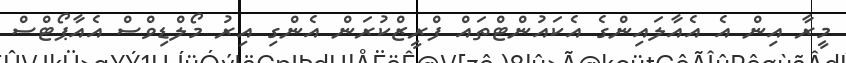
މީރާ އިން އެ އެއާލައިންގެ އެކައުންޓްތައް ފްރީޒްކުރަން އެންގި އިރު މޯލްޑިވްސް އެއާޕޯޓްސް